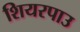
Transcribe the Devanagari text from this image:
शियरपाउ